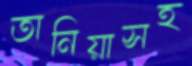
তানিয়াসহ